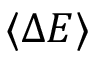
\langle \Delta E \rangle